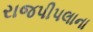
રાજપીપલાના